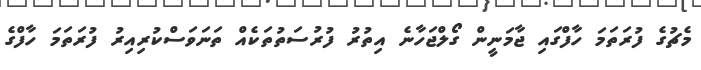
މެޗުގެ ފުރަތަމަ ހާފްގައި ޖާމަނީން ގޯލްޖަހާނެ އިތުރު ފުރުސަތުތަކެއް ތަނަވަސްކުރިއިރު ފުރަތަމަ ހާފްގެ